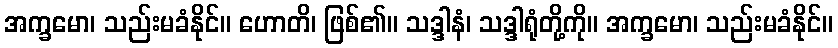
အက္ခမော၊ သည်းမခံနိုင်။ ဟောတိ၊ ဖြစ်၏။ သဒ္ဒါနံ၊ သဒ္ဒါရုံတို့ကို။ အက္ခမော၊ သည်းမခံနိုင်။